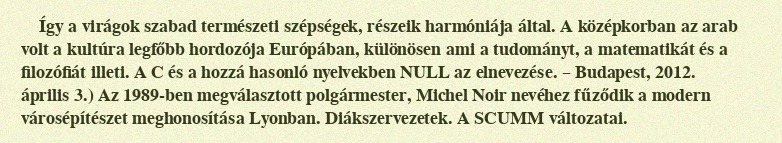
Így a virágok szabad természeti szépségek, részeik harmóniája által. A középkorban az arab volt a kultúra legfőbb hordozója Európában, különösen ami a tudományt, a matematikát és a filozófiát illeti. A C és a hozzá hasonló nyelvekben NULL az elnevezése. – Budapest, 2012. április 3.) Az 1989-ben megválasztott polgármester, Michel Noir nevéhez fűződik a modern városépítészet meghonosítása Lyonban. Diákszervezetek. A SCUMM változatai.